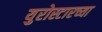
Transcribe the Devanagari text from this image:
युरोस्टारच्या